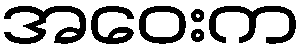
အဝေးက